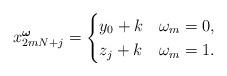
LaTeX: \begin{align*} x^{\boldsymbol{\omega}}_{2mN+j} = \begin{cases} y_0 + k & \omega_m = 0, \\ z_j + k & \omega_m = 1. \end{cases}\end{align*}